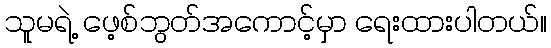
သူမရဲ့ ဖေ့စ်ဘွတ်အကောင့်မှာ ရေးထားပါတယ်။